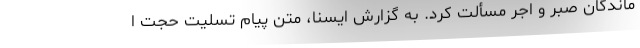
ماندگان صبر و اجر مسألت کرد. به گزارش ایسنا، متن پیام تسلیت حجت ا